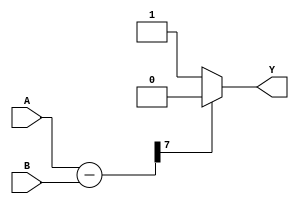
module comparator (
  input [7:0] A,
  input [7:0] B,
  output Y
);

  wire [7:0] diff;
  
  assign diff = A - B;
  
  assign Y = (diff[7] == 0) ? 1 : 0;

endmodule